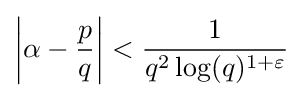
\left|\alpha -{\frac {p}{q}}\right|<{\frac {1}{q^{2}\log(q)^{1+\varepsilon }}}